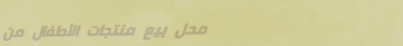
محل بيع منتجات الأطفال من